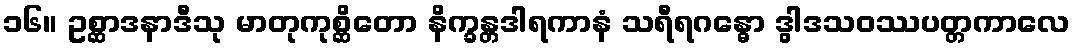
၁၆။ ဥစ္ဆာဒနာဒီသု မာတုကုစ္ဆိတော နိက္ခန္တဒါရကာနံ သရီရဂန္ဓော ဒွါဒသဝဿပတ္တကာလေ